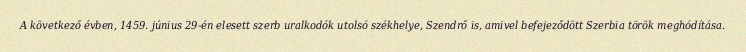
A következő évben, 1459. június 29-én elesett szerb uralkodók utolsó székhelye, Szendrő is, amivel befejeződött Szerbia török meghódítása.